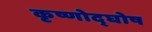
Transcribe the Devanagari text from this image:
कृष्णोद्घोष